Annual statistical returns and brief notes on vaccination in Bengal - 1909-1929
Year: 1909
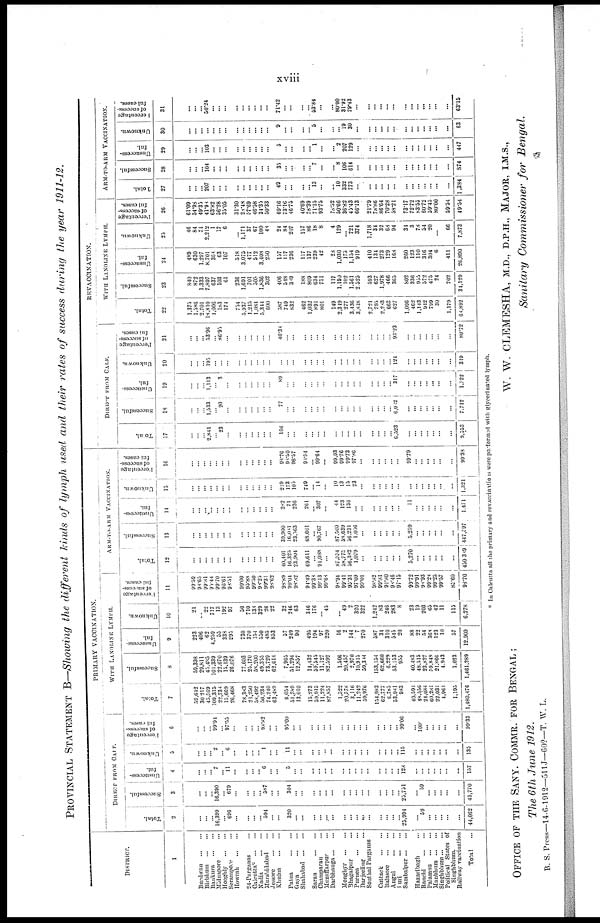
xviii
PROVINCIAL STATEMENT B—Showing the different kinds of lymph used and their rates of success during the year 1911-12.
DISTRICT.
1
Burdwan
...
...
Birbhum
...
...
Bankura
...
...
Midnapore ...
Hooghly
...
...
Serampore ...
Howrah
...
...
24-Parganas ...
Calcutta
...
...
Nadia
...
...
Murshidabad ...
Jessore
...
...
Khulna
...
...
Patna
...
...
Gaya
...
...
Shahabad
...
...
Saran
...
...
Champaran ...
Muzaffarpur ...
Darbhanga ... ...
Monghyr
...
...
Bhagalpur ...
Purnea
...
...
Darjeeling ...
Sonthal Parganas
Cuttack
...
...
Balasore
...
...
Angul
...
...
Puri ... ...
Sambalpur ... ...
Hazaribagh ... ...
Ranchi
...
...
Palamau
...
...
Manbhum
...
...
Singhbhum ... ...
Political States of
Singhbhum.
Railway vaccination
Total
...
PRIMARY VACCINATION.
DIRECT FROM CALF.
Total.
2
...
...
...
16,399
...
696
...
...
...
...
594
...
...
320
...
...
...
...
...
...
...
...
...
...
...
...
...
...
...
25,994
...
59
...
...
...
...
...
44,062
Successful.
3
...
...
...
16,390
...
679
...
...
...
... 387
...
...
304
...
...
...
...
...
...
...
...
...
...
...
...
...
...
...
23,751
...
39
...
...
...
...
...
43,770
Unsuccess-
ful.
4
...
...
...
7
...
11
...
...
...
...
6
...
...
5
...
...
...
...
...
...
...
...
...
...
...
...
...
...
... 128
...
...
...
...
...
...
...
157
Unknown.
5
...
...
...
2
...
6
...
...
...
... 1
...
...
11
...
...
...
...
...
...
...
...
...
...
...
...
...
...
... 115
...
...
...
...
...
...
...
135
Percentage
of success-
ful cases.
6
...
...
...
99.91
...
97.55
...
...
...
...
98.82
...
...
95.00
...
...
...
...
...
...
...
...
...
...
...
...
...
...
...
99.06
...
100.
...
...
...
...
...
99.33
WITH LANOLINE LYMPH.
Total.
7
59,642
30,217
43,569
109,315
22,738
15,669
26,468
78,383
20,250
58,492
50,234
74,240
63,489
8,054
51,789
13,010
15,273
39,915
11,224
82,857
1,522
20,573
3,116
11,242
39,976
134,983
62,777
6,785
33,981
983
40,591
48,556
24,034
60,281
22,031
4,964
1,195
1,480,476
Successful.
8
59,398
29,811
45,485
101,339
22,670
13,139
26,076
77,603
23,170
58,200
49,355
73,729
62,614
7,965
51,294
12,837
14,432
59,545
11,127
82,592
1,506
20,457
2,970
10,915
59,344
153,154
62,660
6,229
53,153
935
40,483
48,515
23,827
59,848
21,866
4,943
1,023
1,461,289
Unsuccess-
ful.
9
223
406
62
4,259
55
338
295
730
370
154
550
485
853
57
249
90
495
194
97
220
16
2
144
7
270
587
34
310
543
20
88
...
54
368
123
10
57
12,909
Unknown.
10
21
... 22
717
13
192
97
50
710
138
329
26
22
32
246
63
346
176
...
45
...
49
2
320
322
1,242
83
246
283
8
23
19
203
65
42
11
115
6,278
Percentage
of success-
ful cases.
11
99.59
98.65
99.81
95.44
99.70
96.61
98.51
99.00
95.88
99.50
94.25
99.31
98.62
98.89
99.04
98.82
94.49
99.38
99.13
99.64
98.94
99.41
95.31
97.09
99.01
98.82
99.81
91.80
98.46
97.15
99.72
99.91
94.93
99.28
99.25
99.57
85.60
98.70
ARM-TO-ARM VACCINATION.
Total.
12
...
...
...
...
...
...
...
...
...
...
...
...
...
40,401
16,325
23,904
69,611
...
91,088
...
87,354
38,775
36,382
1,079
...
...
...
...
...
...
5,270
...
...
...
...
...
...
450,349
Successful.
13
...
...
...
...
...
...
...
...
...
...
...
...
...
39,900
16,081
23,063
68,601
...
90,767
...
87,500
37,639
36,231
1,056
...
...
...
...
...
...
5,259
...
...
...
...
...
...
447,597
Unsuccess-
ful.
14
...
...
...
...
...
...
...
...
...
...
...
...
...
282
71
236
261
...
307
...
44
123
136
...
...
...
...
...
...
...
11
...
...
...
...
...
...
1,471
Unknown.
15
...
...
...
...
...
...
...
...
...
...
...
...
...
219
173
105
749
...
14
...
10
13
15
23
...
...
...
...
...
...
...
...
...
...
...
...
...
1,321
Percentage
of success-
ful cases.
16
...
...
...
...
...
...
...
...
...
...
...
...
...
98.76
98.50
98.57
98.54
...
99.64
...
99,93
99.76
99.73
97.86
...
...
...
...
...
...
99.79
...
...
...
...
...
...
99.38
REVACCINATION.
DIRECT FROM CALF.
Total.
17
...
...
...
2,841
...
23
...
...
...
...
...
...
...
166
...
...
...
...
...
...
...
...
...
...
...
...
...
...
...
6,523
...
...
...
...
...
...
...
9,553
Successful.
18
...
...
...
1,533
...
20
...
...
...
...
...
...
...
77
...
...
...
...
...
...
...
...
...
...
...
...
...
...
...
6,082
...
...
...
...
...
...
...
7,712
Unsuccess-
ful.
19
...
...
...
1,113
...
3
...
...
...
...
...
...
...
89
...
...
...
...
...
...
...
...
...
...
...
...
...
...
...
317
...
...
...
...
...
...
...
1,022
Unknown.
20
...
...
...
195
...
...
...
...
...
...
...
...
...
...
...
...
...
...
...
...
...
...
...
...
...
...
...
...
...
124
...
...
...
...
...
...
...
319
Percentage
of success-
ful cases.
21
...
...
...
53.96
...
86.95
...
...
...
...
...
...
...
46.34
...
...
...
...
...
...
...
...
...
...
...
...
...
...
...
93.23
...
...
...
...
...
...
...
80.72
WITH LANOLINE LYMPH.
Total.
22
1,375
1,586
2,701
18,810
1,006
183
171
734
5,937
1,215
1,084
5,344
600
587
749
832
462
1,032
891
801
149
2,319
277
3,436
3,818
2,721
790
2,283
663
627
1,096
462
1,143
942
799
30
1,179
64,892
Successful.
23
840
872
1,333
7,897
637
103
61
236
1,691
701
505
1,836
302
406
548
389
188
809
634
751
117
1,190
102
1,561
2,525
593
627
1,978
466
365
802
336
955
572
475
24
702
31,129
Unsuccess-
ful.
24
489
630
1,297
8,701
368
63
107
518
3,075
477
512
3,408
250
137
117
236
117
137
239
42
28
1,030
175
1,154
919
410
134
273
129
168
260
123
110
316
304
6
411
26,890
Unknown.
25
46
84
71
2,212
1
17
6
...
1,171
37
67
100
48
24
84
207
157
86
18
8
4
129
... 721
374
1,718
34
32
68
94
31
3
78
54
20
...
66
7,873
Percentage
of success-
ful cases.
26
61.09
54.98
49.35
41.94
63.82
56.28
35.05
31.30
20.48
37.69
46.58
34.35
50.33
69.16
73.16
46.75
40.69
78.39
71.15
93.75
78.52
50.66
36.82
45.43
66.13
21.79
78.86
86.64
70.28
58.21
73.17
72.72
83.55
60.72
59.45
80.00
59.54
49.54
ARM-TO-ARM VACCINATION.
Total.
27
...
...
...
207
...
...
...
...
...
...
...
...
...
49
...
...
...
... 13
...
...
10
332
773
...
...
...
...
...
...
...
...
...
...
...
...
...
1,384
Successful.
28
...
...
...
104
...
...
...
...
...
...
...
...
...
35
...
...
...
...
7
...
...
8
106
614
...
...
...
...
...
...
...
...
...
...
...
...
...
874
Unsuccess-
ful.
29
...
...
...
103
...
...
...
...
...
...
...
...
...
5
...
...
...
...
1
...
...
2
207
129
...
...
...
...
...
...
...
...
...
...
...
...
...
447
Unknown.
30
...
...
...
...
...
...
...
...
...
...
...
...
...
9
...
...
...
...
...
...
...
...
19
30
...
...
...
...
...
...
...
...
...
...
...
...
...
63
Percentage
of success-
ful cases.
31
...
...
...
50.24
...
...
...
...
...
...
...
...
...
71.42
...
...
...
...
53.84
...
...
80.00
31.92
79.43
...
...
...
...
...
...
...
...
...
...
...
...
...
63.15
* In Calcutta all the primary and revacinations is were performed with glycerinated lymph.
OFFICE OF THE SANY. COMMR. FOR BENGAL ;
The 6th June 1912.
B. S. Press—14-6-1912—511J—60?—T. W. L.
W. W. CLEMESHA, M.D., D.P.H., MAJOR, I.M.S.,
Sanitary Commissioner for Bengal.